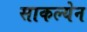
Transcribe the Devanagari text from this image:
साकल्येन